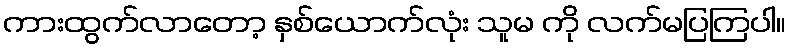
ကားထွက်လာတော့ နှစ်ယောက်လုံး သူမ ကို လက်မပြကြပါ။